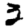
Digit: 3